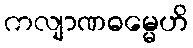
ကလျာဏဓမ္မေဟိ